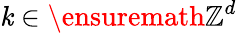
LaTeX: \mathit{k}\in\ensuremath{{\mathbb{{Z}}^{d}}}